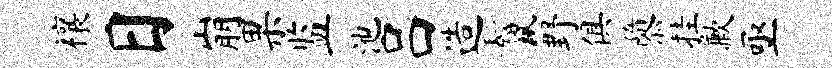
禳日崩果监池吕造鬣野俱隳挂歉亟